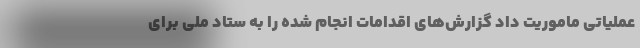
عملیاتی ماموریت داد گزارش‌های اقدامات انجام شده را به ستاد ملی برای